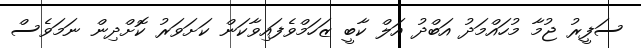
ސަފީރު ޖުމާ މުހައްމަދު އަބްދު އަލް ކާބީ ޒަހަމްވެފައިވާކަން ކަށަވަރު ކޮށްދިން ނަމަވެސް